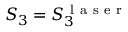
S _ { 3 } = S _ { 3 } ^ { \mathrm { ~ l ~ a ~ s ~ e ~ r ~ } }